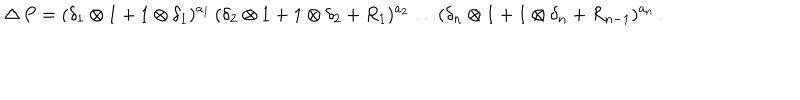
LaTeX: \Delta \, P = ( \delta _ { 1 } \otimes 1 + 1 \otimes \delta _ { 1 } ) ^ { a _ { 1 } } \, ( \delta _ { 2 } \otimes 1 + 1 \otimes \delta _ { 2 } + R _ { 1 } ) ^ { a _ { 2 } } \ldots ( \delta _ { n } \otimes 1 + 1 \otimes \delta _ { n } + R _ { n - 1 } ) ^ { a _ { n } } \, .